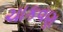
ચાકવણ